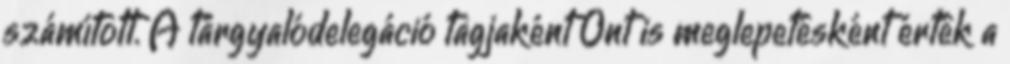
számított. A tárgyalódelegáció tagjaként Önt is meglepetésként érték a